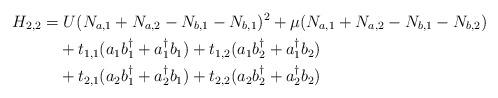
LaTeX: \begin{align*}H_{2,2} &= U(N_{a,1}+N_{a,2}-N_{b,1}-N_{b,1})^2+\mu(N_{a,1}+N_{a,2}-N_{b,1}-N_{b,2}) \\&\quad+t_{1,1}(a_{1}b_{1}^\dagger+a_{1}^\dagger b_{1})+t_{1,2}(a_{1}b_{2}^\dagger+a_{1}^\dagger b_{2}) \\&\quad+ t_{2,1}(a_{2}b_{1}^\dagger+a_{2}^\dagger b_{1})+t_{2,2}(a_{2}b_{2}^\dagger+a_{2}^\dagger b_{2})\end{align*}